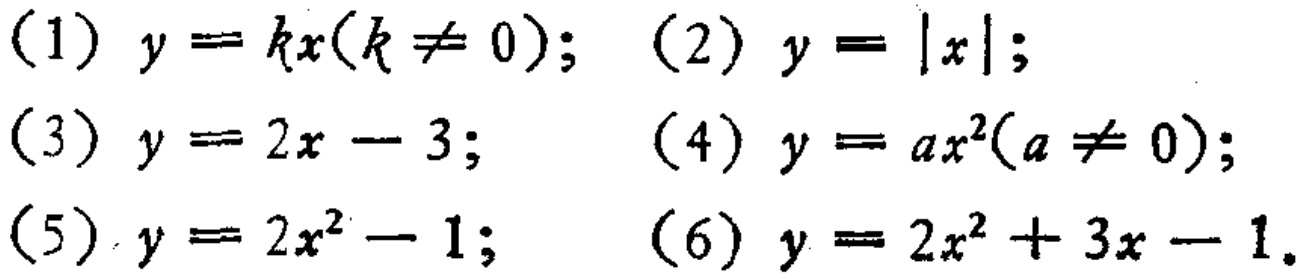
(1) \(y = kx(k\neq 0)\); (2) \(y = |x|\);

(3) \(y = 2x - 3\); (4) \(y = ax^{2}(a\neq 0)\);

(5) \(y = 2x^{2} - 1\); (6) \(y = 2x^{2}+3x - 1\).